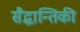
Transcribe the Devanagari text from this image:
सैद्धान्तिकी